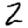
Digit: 2